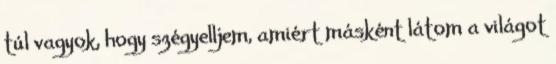
túl vagyok, hogy szégyelljem, amiért másként látom a világot